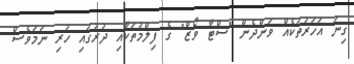
ގިނަ އަހަރުތަކެއް ވަންދެން "ސްޓާ ވޯޒް" ގެ ފިލްމުތަކާއި ދުރުގައި ހުރި ނަމަވެސް